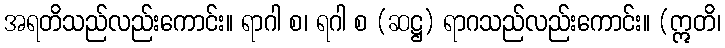
အရတိသည်လည်းကောင်း။ ရာဂါ စ၊ ရဂါ စ (ဆဋ္ဌ) ရာဂသည်လည်းကောင်း။ (ဣတိ၊